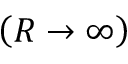
\left( R \to \infty \right)